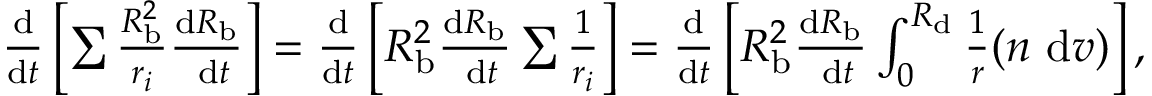
\begin{array} { r } { \frac { \mathrm { d } } { \mathrm { d } t } \left[ \sum \frac { R _ { \mathrm { b } } ^ { 2 } } { r _ { i } } \frac { \mathrm { d } R _ { \mathrm { b } } } { \mathrm { ~ d } t } \right] = \frac { \mathrm { d } } { \mathrm { d } t } \left[ R _ { \mathrm { b } } ^ { 2 } \frac { \mathrm { d } R _ { \mathrm { b } } } { \mathrm { ~ d } t } \sum \frac { 1 } { r _ { i } } \right] = \frac { \mathrm { d } } { \mathrm { d } t } \left[ R _ { \mathrm { b } } ^ { 2 } \frac { \mathrm { d } R _ { \mathrm { b } } } { \mathrm { ~ d } t } \int _ { 0 } ^ { R _ { \mathrm { d } } } \frac { 1 } { r } ( n \mathrm { ~ d } v ) \right] , } \end{array}